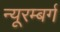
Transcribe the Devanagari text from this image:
न्यूरम्बर्ग